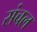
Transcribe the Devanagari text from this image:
संचल